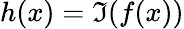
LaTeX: h(x)=\Im{(f(x))}